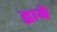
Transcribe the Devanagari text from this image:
द्वाबे